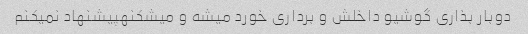
دوبار بذاری گوشیو داخلش و برداری خورد میشه و میشکنهپیشنهاد نمیکنم